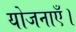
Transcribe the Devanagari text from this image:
योजनाएँ।